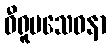
ဓီရူပသေဝနာ